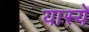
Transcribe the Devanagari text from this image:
यास्ये